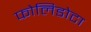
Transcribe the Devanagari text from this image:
फोलिडोटा